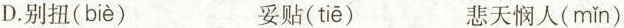
D.别扭( biè ) 妥贴( tiē ) 悲天悯人( mǐn )